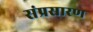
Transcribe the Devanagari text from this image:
संप्रसारण